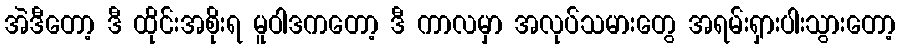
အဲဒီတော့ ဒီ ထိုင်းအစိုးရ မူဝါဒကတော့ ဒီ ကာလမှာ အလုပ်သမားတွေ အရမ်းရှားပါးသွားတော့